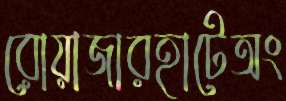
রোয়াজারহাটেঅং